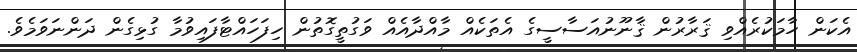
އެކަން ހާމަކުރެއްވި ޤަރާރުން ޤާނޫނުއަސާސީގެ އެތަކެއް މާއްދާއެއް ވަގުތީގޮތުން ހިފަހައްޓާފައިވުމާ ގުޅިގެން ދަންނަވަމެވެ.